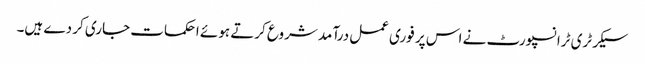
سیکرٹری ٹرانسپورٹ نے اس پر فوری عمل درآمد شروع کرتے ہوئے احکمات جاری کر دے ہیں۔